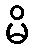
မိ